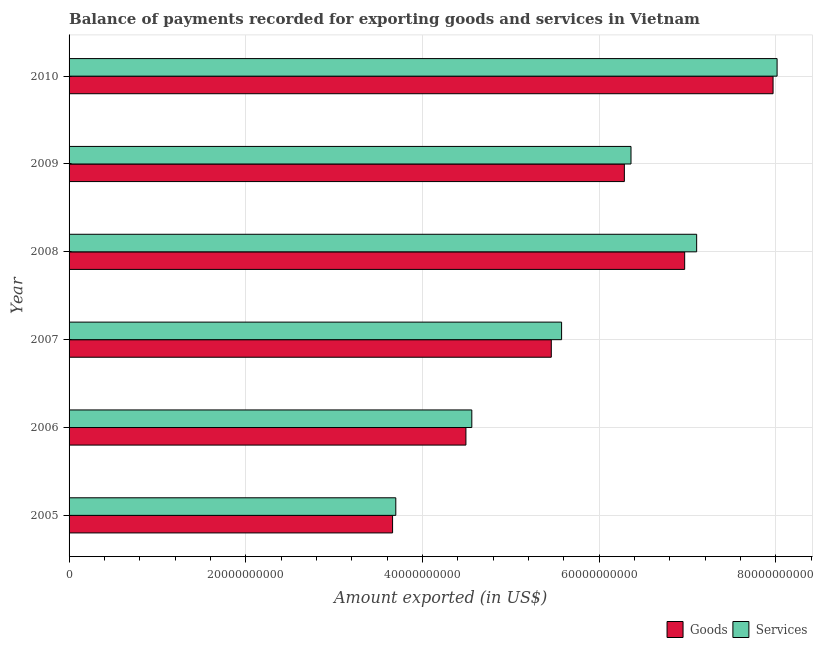
| Year | Goods | Services |
 | --- | --- | --- |
 | 2005 | 3.66e+10 | 3.7e+10 |
 | 2006 | 4.49e+10 | 4.56e+10 |
 | 2007 | 5.46e+10 | 5.58e+10 |
 | 2008 | 6.97e+10 | 7.1e+10 |
 | 2009 | 6.29e+10 | 6.36e+10 |
 | 2010 | 7.97e+10 | 8.02e+10 |